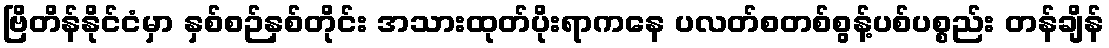
ဗြိတိန်နိုင်ငံမှာ နှစ်စဉ်နှစ်တိုင်း အသားထုတ်ပိုးရာကနေ ပလတ်စတစ်စွန့်ပစ်ပစ္စည်း တန်ချိန်